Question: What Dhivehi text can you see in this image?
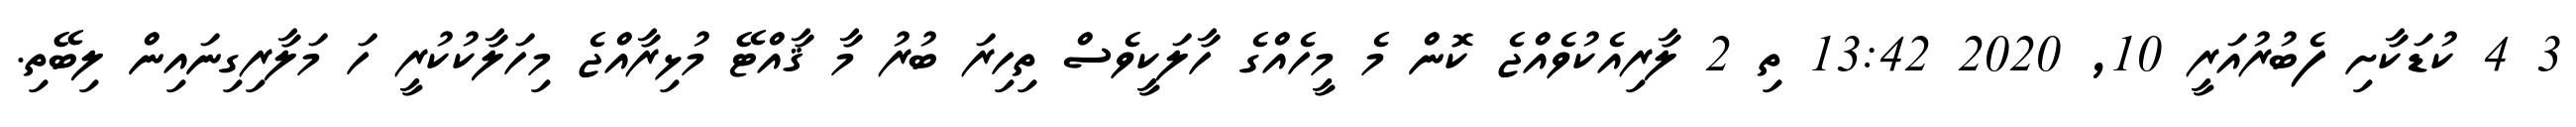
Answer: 3 4 ކުޑަކާށި ފެބުރުއަރީ 10, 2020 13:42 ތި 2 ލާރިއެކުވެއްޖެ ކޮން މެ މީހެއްގެ ހާލަކީވެސް ތިހިރަ ބުރު މާ ޤާއްޓޭ މުޅިރާއްޖެ މިހަލާކުކުރީ ހަ މަލާރިގިނައިން ލިބޭތި.